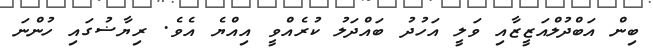
ބިން އަބްދުލްއަޒީޒާއި ވަލީ އަހުދު ބައްދަލު ކުރެއްވީ އިއްޔެ އެވެ. ރިޔާޟުގައި ހުންނަ